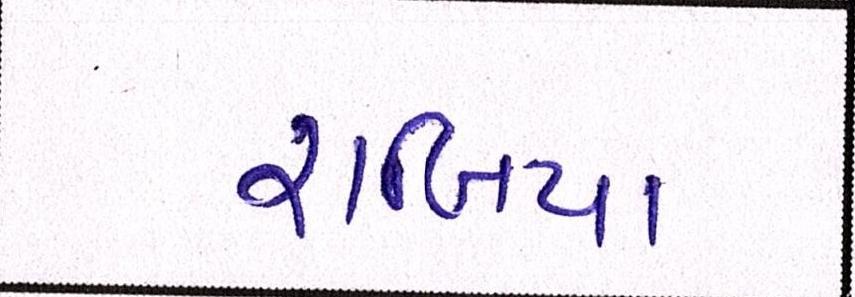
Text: રાબિયા